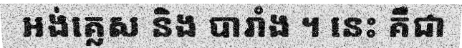
អង់គ្លេស និង បារាំង ។ នេះ គឺជា